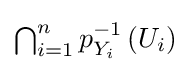
{\textstyle \bigcap _{i=1}^{n}p_{Y_{i}}^{-1}\left(U_{i}\right)}